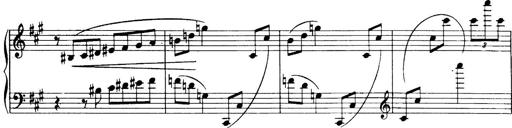
Title: 3 Sonatinas, Op.67
Composer: Jean Sibelius